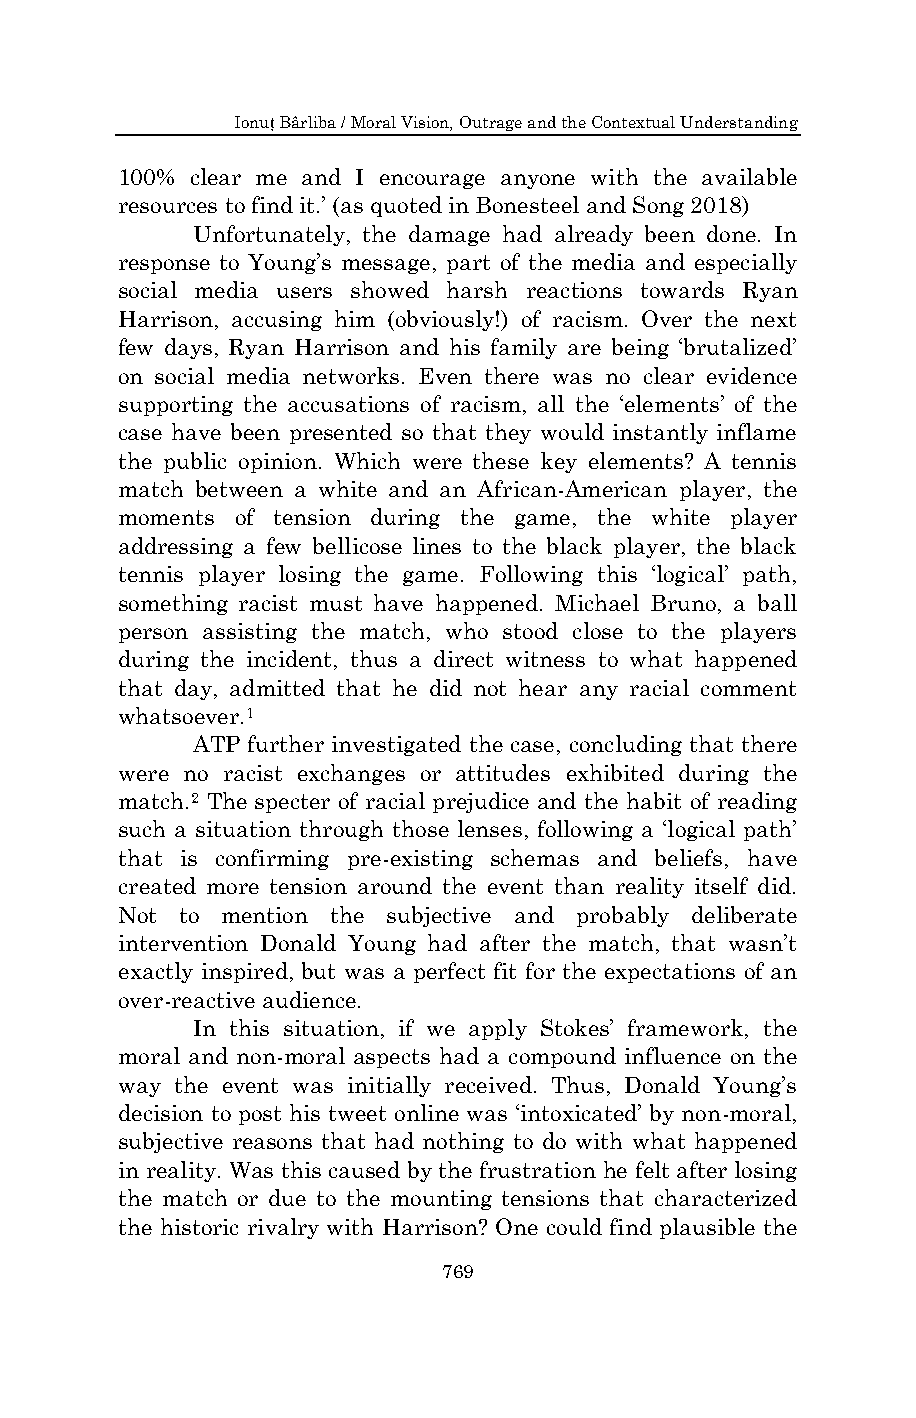
Ionuț Bârliba / Moral Vision, Outrage and the Contextual Understanding
 100% clear me and I encourage anyone with the available
 resources to find it.‟ (as quoted in Bonesteel and Song 2018)
 Unfortunately, the damage had already been done. In
 response to Young‟s message, part of the media and especially
 social media users showed harsh reactions towards Ryan
 Harrison, accusing him (obviously!) of racism. Over the next
 few days, Ryan Harrison and his family are being „brutalized‟
 on social media networks. Even there was no clear evidence
 supporting the accusations of racism, all the „elements‟ of the
 case have been presented so that they would instantly inflame
 the public opinion. Which were these key elements? A tennis
 match between a white and an African-American player, the
 moments of tension during the game, the white player
 addressing a few bellicose lines to the black player, the black
 tennis player losing the game. Following this „logical‟ path,
 something racist must have happened. Michael Bruno, a ball
 person assisting the match, who stood close to the players
 during the incident, thus a direct witness to what happened
 that day, admitted that he did not hear any racial comment
 whatsoever.1
 ATP further investigated the case, concluding that there
 were no racist exchanges or attitudes exhibited during the
 match.2 The specter of racial prejudice and the habit of reading
 such a situation through those lenses, following a „logical path‟
 that is confirming pre-existing schemas and beliefs, have
 created more tension around the event than reality itself did.
 Not to mention the subjective and probably deliberate
 intervention Donald Young had after the match, that wasn‟t
 exactly inspired, but was a perfect fit for the expectations of an
 over-reactive audience.
 In this situation, if we apply Stokes‟ framework, the
 moral and non-moral aspects had a compound influence on the
 way the event was initially received. Thus, Donald Young‟s
 decision to post his tweet online was „intoxicated‟ by non-moral,
 subjective reasons that had nothing to do with what happened
 in reality. Was this caused by the frustration he felt after losing
 the match or due to the mounting tensions that characterized
 the historic rivalry with Harrison? One could find plausible the
 769